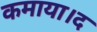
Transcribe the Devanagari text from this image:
कमाया।द